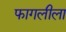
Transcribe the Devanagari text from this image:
फागलीला